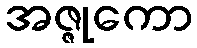
အဇ္ဇုကော